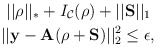
\begin{align*}&\ \ ||\rho||_*+ I_{\mathcal{C}}(\rho) + ||\mathbf{S}||_1 \ \\ & \ ||\mathbf{y} - \mathbf{A} (\rho+\mathbf{S}) ||_2^2 \leq \epsilon,\end{align*}